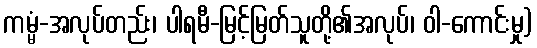
ကမ္မံ-အလုပ်တည်း၊ ပါရမီ-မြင့်မြတ်သူတို့၏အလုပ်၊ ဝါ-ကောင်းမှု)